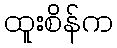
ထူးစိန်က